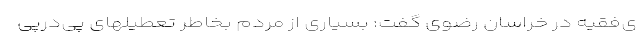
ی‌فقیه در خراسان رضوی گفت: بسیاری از مردم بخاطر تعطیلهای‌ پی‌درپی